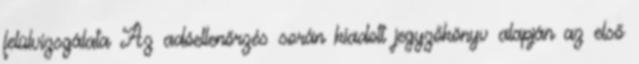
felülvizsgálata Az adóellenőrzés során kiadott jegyzőkönyv alapján az első